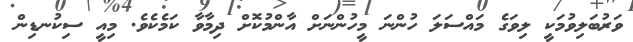
ވަރުބަލިވުމަކީ ލިވަގެ މައްސަލަ ހުންނަ މީހުންނަށް އާންމުކޮށް ދިމާވާ ކަމެކެވެ. މިއީ ސިކުނޑިން